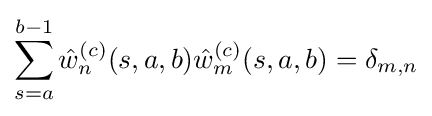
\sum _{s=a}^{b-1}{\hat {w}}_{n}^{(c)}(s,a,b){\hat {w}}_{m}^{(c)}(s,a,b)=\delta _{m,n}